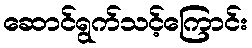
ဆောင်ရွက်သင့်ကြောင်း